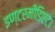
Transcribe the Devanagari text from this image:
इण्टरमीडिएट।